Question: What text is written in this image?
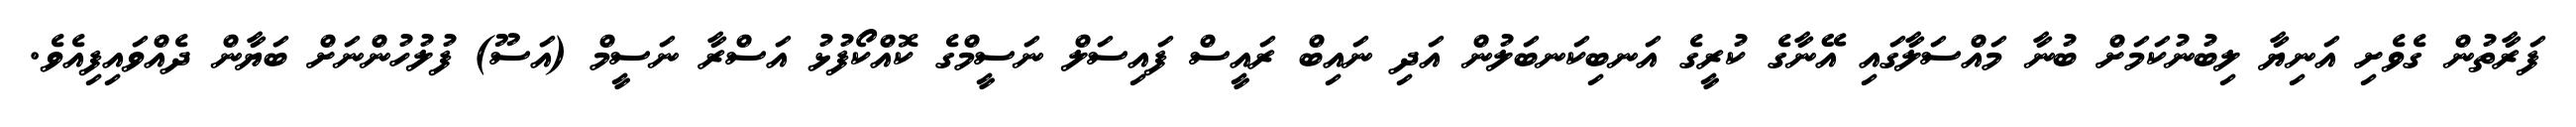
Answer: ފަރާތުން ގެވެށި އަނިޔާ ލިބުނުކަމަށް ބުނާ މައްސަލާގައި އޭނާގެ ކުރީގެ އަނބިކަނބަލުން އަދި ނައިބް ރައީސް ފައިސަލް ނަސީމްގެ ކޮއްކޯފުޅު އަސްރާ ނަސީމް (އަސޫ) ފުލުހުންނަށް ބަޔާން ދެއްވައިފިއެވެ.